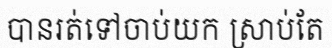
បានរត់ទៅចាប់យក ស្រាប់តែ